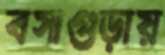
বসাগুড়ায়